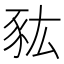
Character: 𧰯